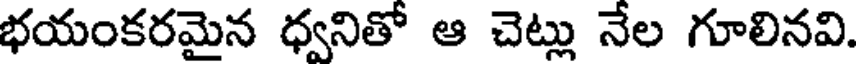
భయంకరమైన ధ్వనితో ఆ చెట్లు నేల గూలినవి.